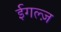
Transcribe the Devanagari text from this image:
ईगल्ज़